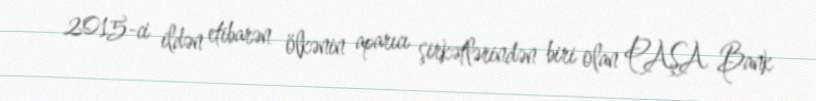
2015-ci ildən etibarən ölkənin aparıcı şirkətlərindən biri olan PAŞA Bank